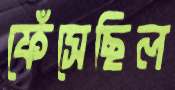
ফেঁসেছিল